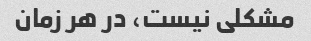
مشکلی نیست، در هر زمان